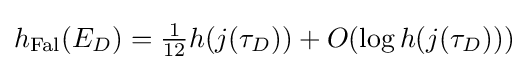
{\textstyle h_{\mathrm {Fal} }(E_{D})={\frac {1}{12}}h(j(\tau _{D}))+O(\log h(j(\tau _{D})))}